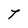
Character: T